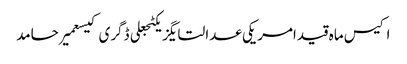
اکیس ماہ قیدامریکی عدالتایگزیکٹجعلی ڈگری کیسعمیر حامد